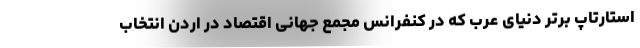
استارتاپ برتر دنیای عرب که در کنفرانس مجمع جهانی اقتصاد در اردن انتخاب